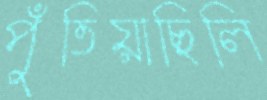
পুঁতিয়াছিলি